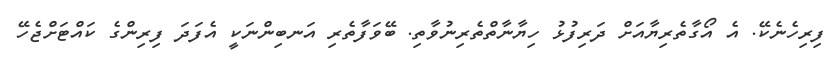
ފިރިހެނެކޭ. އެ އޯގާތެރިޔާއަށް ދަރިފުޅު ހިޔާނާތްތެރިނުވާތި. ބޭވަފާތެރި އަނބިންނަކީ އެފަދަ ފިރިންގެ ކައްޓަށްޖެހޭ